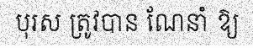
បុរស ត្រូវបាន ណែនាំ ឱ្យ